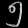
Digit: ၅